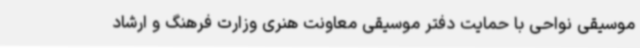
موسیقی نواحی با حمایت دفتر موسیقی معاونت هنری وزارت فرهنگ و ارشاد